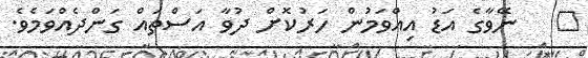
١   ނޭވާގެ އަޑު އިއްވަމުން ހަރުކޮށް ދުވާ އަސްތައް ގަންދެއްވަމެވެ.